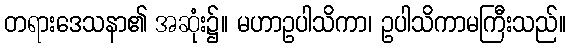
တရားဒေသနာ၏ အဆုံး၌။ မဟာဥပါသိကာ၊ ဥပါသိကာမကြီးသည်။